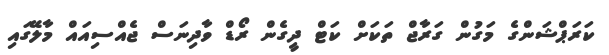
ކަރަޕްޝަންގެ މަގުން ގަރާޖް ތަކަށް ކަޓް ދީގެން ރޯޑް ވާދިނަސް ޖެއްސިއައް މާލޭގައި